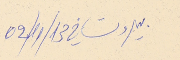
بيروت في 31/11/20